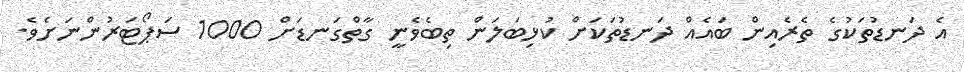
އެ ދަނޑުތަކުގެ ތެރެއިން ބައެއް ދަނޑުތަކަށް ކުޅިބަލަން ތިބެވެނީ ގާތްގަނޑަށް 1000 ސަޕޯޓަރުންނަށެވެ.